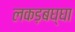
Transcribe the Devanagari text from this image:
लकड़बघ्घा